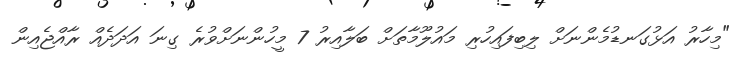
"މިހާރު އަޅުގަނޑުމެންނަށް ލިބިފައިހުރި މައުލޫމާތަށް ބަލާއިރު 7 މީހުންނަށްވުރެ ގިނަ އަދަދެއް ރާއްޖެއިން